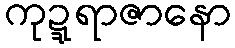
ကုဍ္ဍရာဇာနော